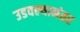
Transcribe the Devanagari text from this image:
उडवल्यानंतर